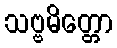
သဗ္ဗမိတ္တော